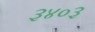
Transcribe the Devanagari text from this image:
३४०३